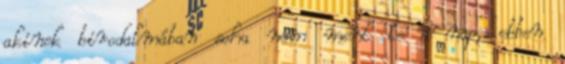
akinek birodalmában soha nem ment le a nap, ebben